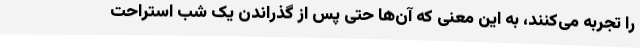
را تجربه می‌کنند، به این معنی که آن‌ها حتی پس از گذراندن یک شب استراحت